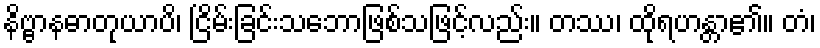
နိဗ္ဗာနဓာတုယာပိ၊ ငြိမ်းခြင်းသဘောဖြစ်သဖြင့်လည်း။ တဿ၊ ထိုရဟန္တာ၏။ တံ၊